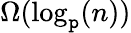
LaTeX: \Omega(\log_{\mathtt{p}}(n))